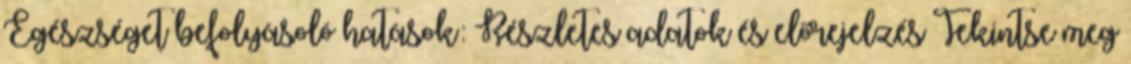
Egészséget befolyásoló hatások: Részletes adatok és előrejelzés Tekintse meg